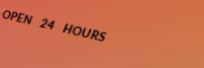
OPEN 24 HOURS